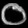
Digit: ၀